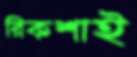
রিকশাই